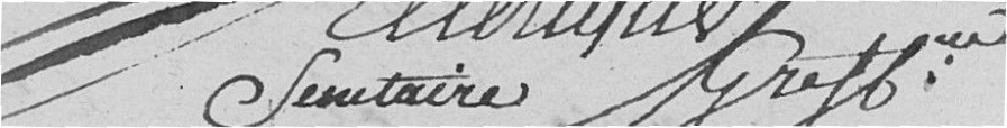
Ellerique Secrétaire Greffier